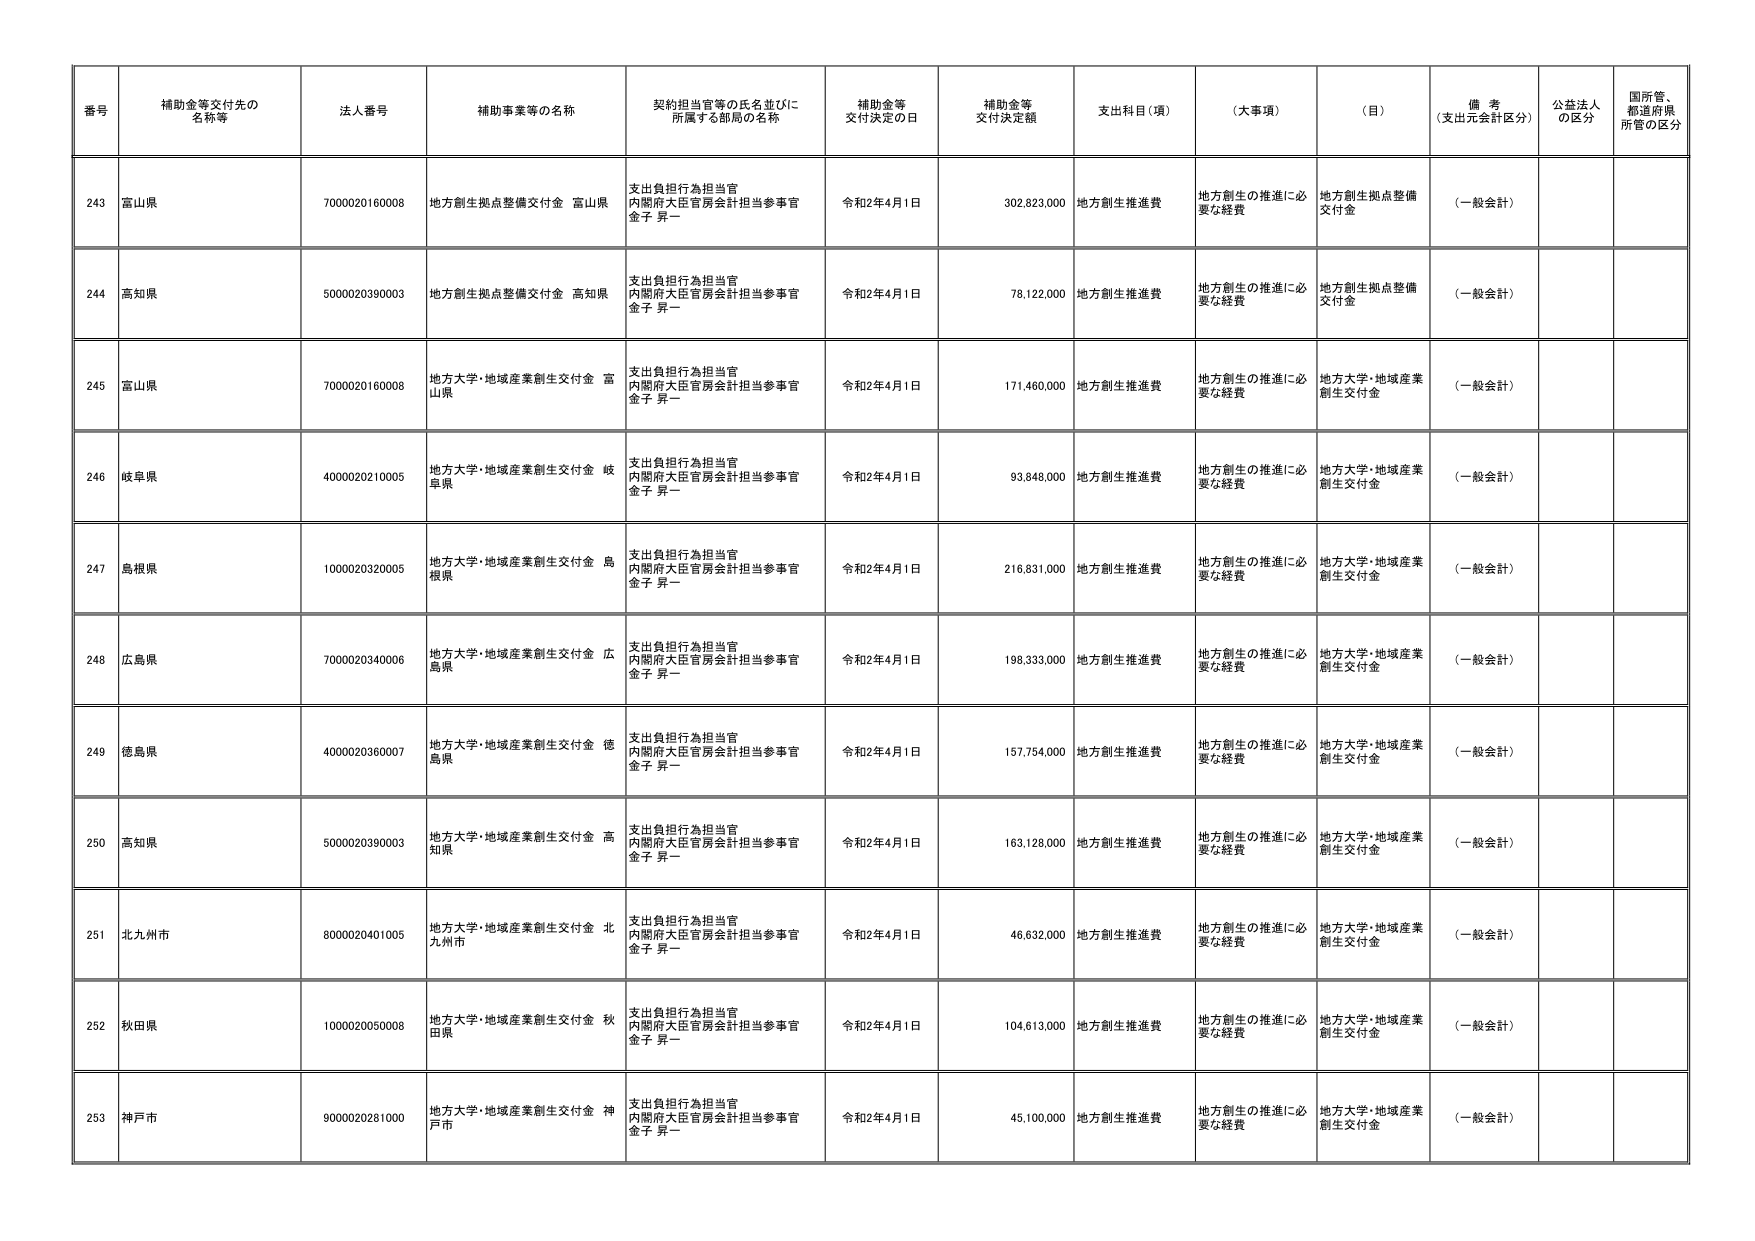
番号 補助金等交付先の名称等 法人番号 補助事業等の名称 契約担当官等の氏名並びに所属する部局の名称 補助金等交付決定の日 補助金等交付決定額 支出科目（項） （大事項） （目） 備考（支出元会計区分） 公益法人の区分 国所管、都道府県所管の区分
243 富山県 7000020160008 地方創生拠点整備交付金 富山県 支出負担行為担当官 内閣府大臣官房会計担当参事官 金子 昇一 令和2年4月1日 302,823,000 地方創生推進費 地方創生の推進に必要な経費 地方創生拠点整備交付金 （一般会計）
244 高知県 5000020390003 地方創生拠点整備交付金 高知県 支出負担行為担当官 内閣府大臣官房会計担当参事官 金子 昇一 令和2年4月1日 78,122,000 地方創生推進費 地方創生の推進に必要な経費 地方創生拠点整備交付金 （一般会計）
245 富山県 7000020160008 地方大学・地域産業創生交付金 富山県 支出負担行為担当官 内閣府大臣官房会計担当参事官 金子 昇一 令和2年4月1日 171,460,000 地方創生推進費 地方創生の推進に必要な経費 地方大学・地域産業創生交付金 （一般会計）
246 岐阜県 4000020210005 地方大学・地域産業創生交付金 岐阜県 支出負担行為担当官 内閣府大臣官房会計担当参事官 金子 昇一 令和2年4月1日 93,848,000 地方創生推進費 地方創生の推進に必要な経費 地方大学・地域産業創生交付金 （一般会計）
247 島根県 1000020320005 地方大学・地域産業創生交付金 島根県 支出負担行為担当官 内閣府大臣官房会計担当参事官 金子 昇一 令和2年4月1日 216,831,000 地方創生推進費 地方創生の推進に必要な経費 地方大学・地域産業創生交付金 （一般会計）
248 広島県 7000020340006 地方大学・地域産業創生交付金 広島県 支出負担行為担当官 内閣府大臣官房会計担当参事官 金子 昇一 令和2年4月1日 198,333,000 地方創生推進費 地方創生の推進に必要な経費 地方大学・地域産業創生交付金 （一般会計）
249 徳島県 4000020360007 地方大学・地域産業創生交付金 徳島県 支出負担行為担当官 内閣府大臣官房会計担当参事官 金子 昇一 令和2年4月1日 157,754,000 地方創生推進費 地方創生の推進に必要な経費 地方大学・地域産業創生交付金 （一般会計）
250 高知県 5000020390003 地方大学・地域産業創生交付金 高知県 支出負担行為担当官 内閣府大臣官房会計担当参事官 金子 昇一 令和2年4月1日 163,128,000 地方創生推進費 地方創生の推進に必要な経費 地方大学・地域産業創生交付金 （一般会計）
251 北九州市 8000020401005 地方大学・地域産業創生交付金 北九州市 支出負担行為担当官 内閣府大臣官房会計担当参事官 金子 昇一 令和2年4月1日 46,632,000 地方創生推進費 地方創生の推進に必要な経費 地方大学・地域産業創生交付金 （一般会計）
252 秋田県 1000020050008 地方大学・地域産業創生交付金 秋田県 支出負担行為担当官 内閣府大臣官房会計担当参事官 金子 昇一 令和2年4月1日 104,613,000 地方創生推進費 地方創生の推進に必要な経費 地方大学・地域産業創生交付金 （一般会計）
253 神戸市 9000020281000 地方大学・地域産業創生交付金 神戸市 支出負担行為担当官 内閣府大臣官房会計担当参事官 金子 昇一 令和2年4月1日 45,100,000 地方創生推進費 地方創生の推進に必要な経費 地方大学・地域産業創生交付金 （一般会計）